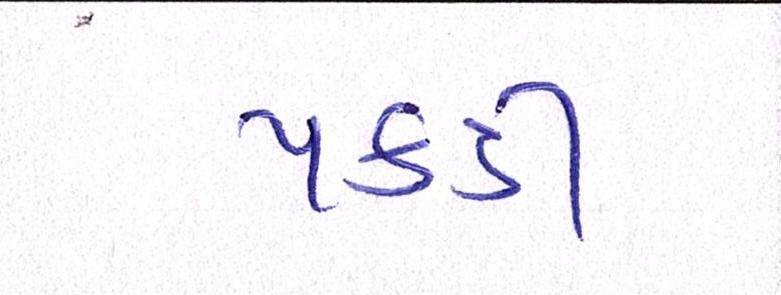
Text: પકડી